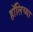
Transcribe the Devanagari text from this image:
हॉलिच्या